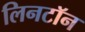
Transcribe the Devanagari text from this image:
लिनटॉन